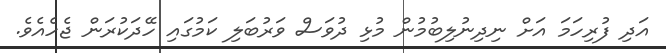
އަދި ފުރިހަމަ އަށް ނިދިނުލިބުމުން މުޅި ދުވަސް ވަރުބަލި ކަމުގައި ހޭދަކުރަން ޖެހެއެވެ.